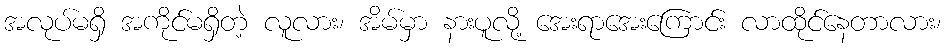
အလုပ်မရှိ အကိုင်မရှိတဲ့ လူလား၊ အိမ်မှာ နားပူလို့ အေးရာအေးကြောင်း လာထိုင်နေတာလား၊